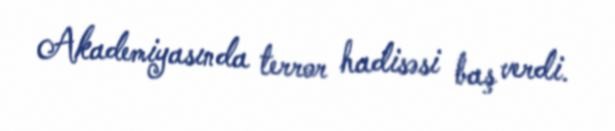
Akademiyasında terror hadisəsi baş verdi.